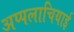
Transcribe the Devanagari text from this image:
अप्पलाचियाई